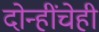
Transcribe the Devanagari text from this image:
दोन्हींचेही